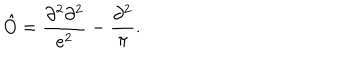
\hat { O } = \frac { \partial ^ { 2 } \partial ^ { 2 } } { e ^ { 2 } } - \frac { \partial ^ { 2 } } { \pi } .